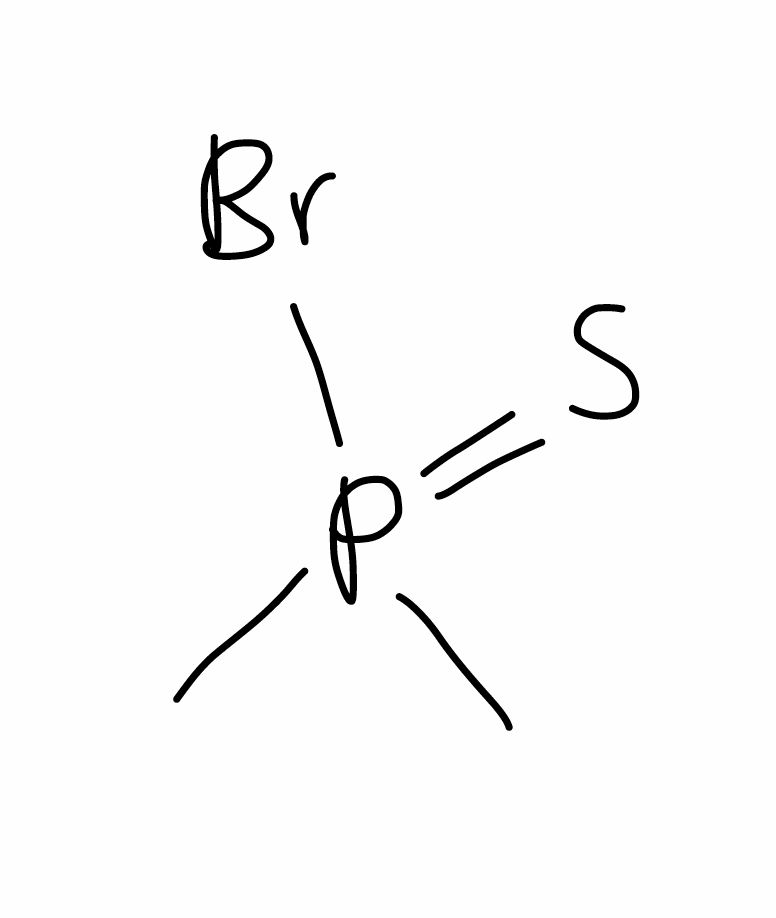
Simplified molecular-input line-entry system (SMILES) notation of the given molecule:
CP(=S)(C)Br